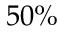
5 0 \%